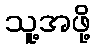
သူ့အဖို့